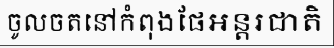
ចូលចតនៅកំពុងផែអន្តរជាតិ